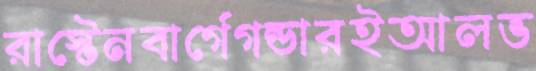
রাস্টেনবার্গেগন্ডারইআলভ